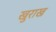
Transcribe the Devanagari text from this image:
खुराख